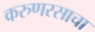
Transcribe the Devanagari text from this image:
करुणरसाचा